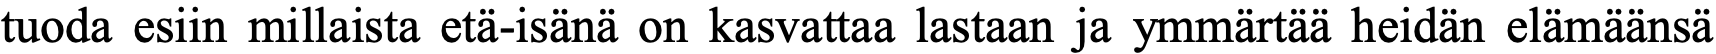
tuoda esiin millaista etä-isänä on kasvattaa lastaan ja ymmärtää heidän elämäänsä